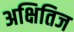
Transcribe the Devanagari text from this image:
अक्षितिज